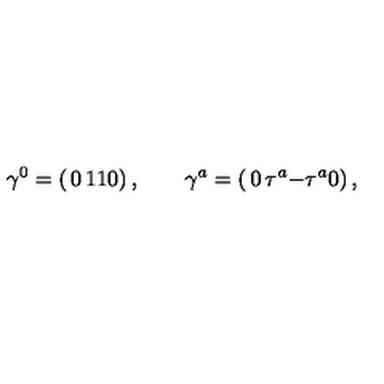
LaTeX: \gamma ^ { 0 } = \left( \begin{matrix} { 0 } & { 1 } \\ { 1 } & { 0 } \\ \end{matrix} \right) , \qquad \gamma ^ { a } = \left( \begin{matrix} { 0 } & { \tau ^ { a } } \\ { - \tau ^ { a } } & { 0 } \\ \end{matrix} \right) ,